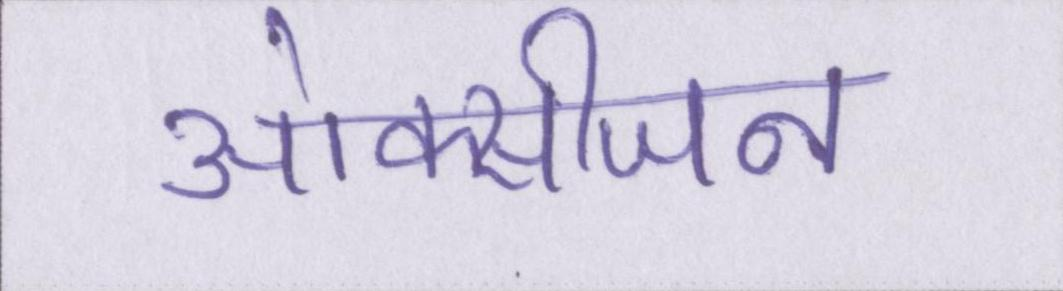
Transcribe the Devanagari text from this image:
ओक्सीजन